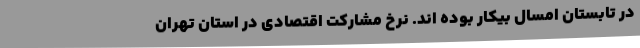
در تابستان امسال بیکار بوده اند. نرخ مشارکت اقتصادی در استان تهران